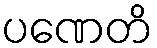
ပဏေတိ